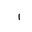
Letter: _alif